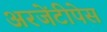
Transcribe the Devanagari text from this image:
अरजेंटीपेस